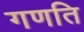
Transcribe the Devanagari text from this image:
गणति